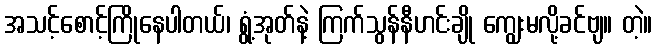
အသင့်စောင့်ကြိုနေပါတယ်၊ ရွံ့အုတ်နဲ့ ကြက်သွန်နီဟင်းချို ကျွေးမလို့ခင်ဗျ။ တဲ့။